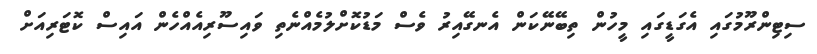
ސިޓިންރޫމުގައި އެގަޑީގައި މީހުން ތިބޭނޭކަން އެނގޭއިރު ވެސް މަޑުކޮށްލުމެއްނެތި ވައިސޫރިއެއްހެން އައިސް ކޮޓަރިއަށް